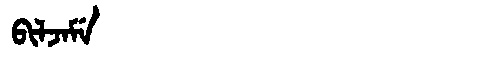
Manchu: ᠪᡳᠯᠵᠠᠮᡝ
Romanization: BILJAME